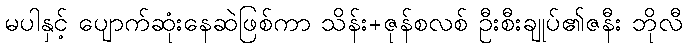
မပါနှင့် ပျောက်ဆုံးနေဆဲဖြစ်ကာ သိန်း+ဇုန်စလစ် ဦးစီးချုပ်၏ဇနီး ဘိုလီ